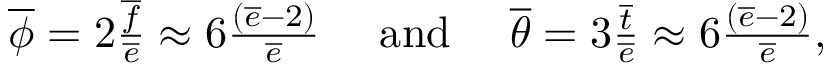
\begin{array} { r } { \overline { { \phi } } = 2 \frac { \overline { { f } } } { \overline { { e } } } \approx 6 \frac { ( \overline { { e } } - 2 ) } { \overline { { e } } } \quad \mathrm { ~ a n d ~ } \quad \overline { { \theta } } = 3 \frac { \overline { { t } } } { \overline { { e } } } \approx 6 \frac { ( \overline { { e } } - 2 ) } { \overline { { e } } } , } \end{array}